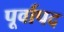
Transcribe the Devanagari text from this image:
पूर्वापद